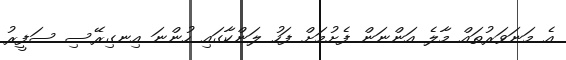
އެ މަނަވަރުތައް މާލެ އަންނަން ފެށުމަށް ފަހު ލަންކާގައި ހުންނަ އިނގިރޭސި ސަފީރު